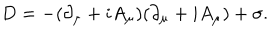
LaTeX: D = - ( \partial _ { \mu } + i A _ { \mu } ) ( \partial _ { \mu } + i A _ { \mu } ) + \sigma .